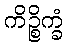
ကိဉ္စိက္ခံ